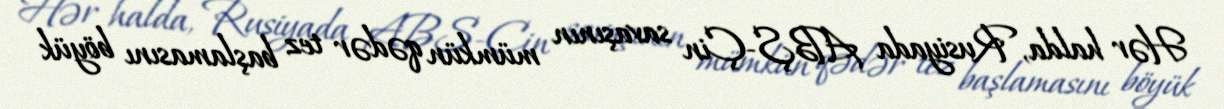
Hər halda, Rusiyada ABŞ-Çin savaşının mümkün qədər tez başlamasını böyük